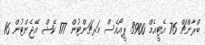
ބްރާންޗް 76 އޭޓީއެމް 3900 ޕީއޯއެސް މަރޗަންޓުން 177 ކޭޝް އޭޖެންޓުން 16